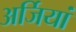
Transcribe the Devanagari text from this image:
अर्जियां